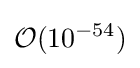
{\mathcal {O}}(10^{-54})